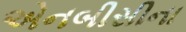
એનબીસીના